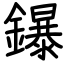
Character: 鑤